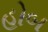
હોબ